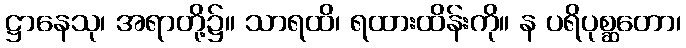
ဋ္ဌာနေသု၊ အရာတို့၌။ သာရထိ၊ ရထားထိန်းကို။ န ပရိပုစ္ဆတော၊